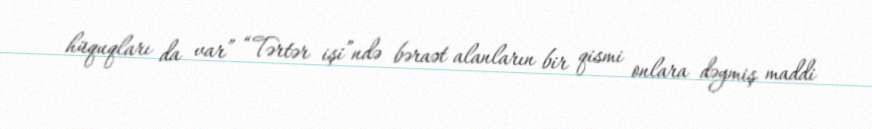
hüquqları da var” “Tərtər işi”ndə bəraət alanların bir qismi onlara dəymiş maddi